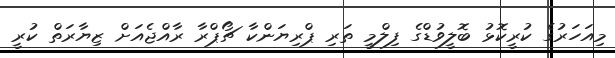
މިއަހަރުގެ ކުރީކޮޅު ބޮލީވުޑްގެ ފިލްމީ ތަރި ޕްރިޔަންކާ ޗޯޕްރާ ރާއްޖެއަށް ޒިޔާރަތް ކުރީ